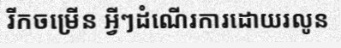
រីកចម្រើន អ្វីៗដំណើរការដោយរលូន